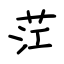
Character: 茳